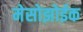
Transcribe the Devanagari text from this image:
मेसोझोईक